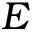
E